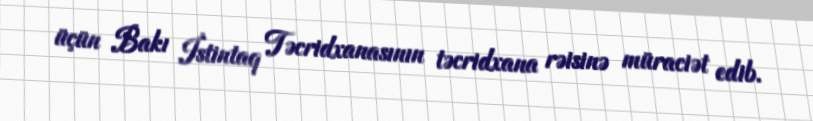
üçün Bakı İstintaq Təcridxanasının təcridxana rəisinə müraciət edib.